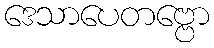
ဒေသာပေတဗ္ဗော